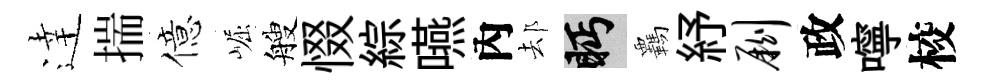
逹揣億崛艘惙綜嚥內𨚫眄覊紓劂政嚀校